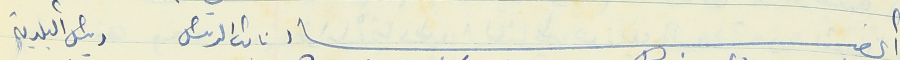
أعضاء نائب الرئيس رئيس البلدية